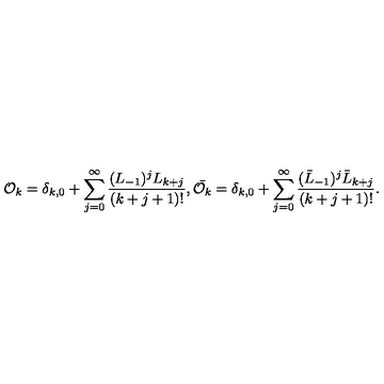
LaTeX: { \cal O } _ { k } = \delta _ { k , 0 } + \sum _ { j = 0 } ^ { \infty } \frac { ( L _ { - 1 } ) ^ { j } L _ { k + j } } { ( k + j + 1 ) ! } , \bar { { \cal O } _ { k } } = \delta _ { k , 0 } + \sum _ { j = 0 } ^ { \infty } \frac { ( \bar { L } _ { - 1 } ) ^ { j } \bar { L } _ { k + j } } { ( k + j + 1 ) ! } .